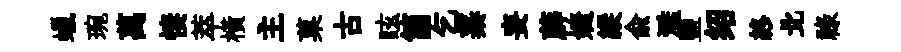
蠟琬萬悽萃橫主菓古眩箇乞蓁妄薜婕縱俞濫鹽绍終北祿